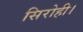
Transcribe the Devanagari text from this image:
सिरोही।